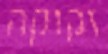
זקוקה